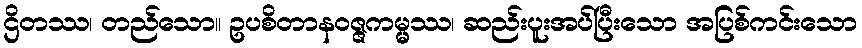
ဌိတဿ၊ တည်သော။ ဥပစိတာနဝဇ္ဇကမ္မ္မဿ၊ ဆည်းပူးအပ်ပြီးသော အပြစ်ကင်းသော